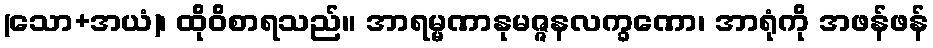
(သော+အယံ)၊ ထိုဝိစာရသည်။ အာရမ္မဏာနုမဇ္ဇနလက္ခဏော၊ အာရုံကို အဖန်ဖန်